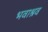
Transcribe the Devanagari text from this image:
भवाश्रव